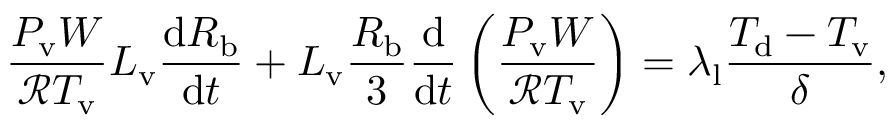
\frac { P _ { \mathrm { v } } W } { \mathcal { R } T _ { \mathrm { v } } } L _ { \mathrm { v } } \frac { \mathrm { d } R _ { \mathrm { b } } } { \mathrm { d } t } + L _ { \mathrm { v } } \frac { R _ { \mathrm { b } } } { 3 } \frac { \mathrm { d } } { \mathrm { d } t } \left( \frac { P _ { \mathrm { v } } W } { \mathcal { R } T _ { \mathrm { v } } } \right) = \lambda _ { \mathrm { l } } \frac { T _ { \mathrm { d } } - T _ { \mathrm { v } } } { \delta } ,